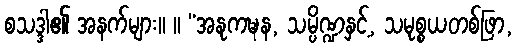
စသဒ္ဒါ၏ အနက်များ။ ။ “အနုကဍ္ဎန, သမ္ပိဏ္ဍနှင့်, သမုစ္စယတစ်ဖြာ,